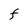
Character: F